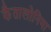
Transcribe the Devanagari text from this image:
कैतालोनिया